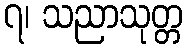
၇၊ သညာသုတ္တ